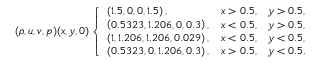
( \rho , u , v , p ) ( x , y , 0 ) \left\{ \begin{array} { l l l } { \left( 1 . 5 , 0 , 0 , 1 . 5 \right) , } & { x > 0 . 5 , } & { y > 0 . 5 , } \\ { \left( 0 . 5 3 2 3 , 1 . 2 0 6 , 0 , 0 . 3 \right) , } & { x < 0 . 5 , } & { y > 0 . 5 , } \\ { \left( 1 , 1 . 2 0 6 , 1 . 2 0 6 , 0 . 0 2 9 \right) , } & { x < 0 . 5 , } & { y < 0 . 5 , } \\ { \left( 0 . 5 3 2 3 , 0 , 1 . 2 0 6 , 0 . 3 \right) , } & { x > 0 . 5 , } & { y < 0 . 5 . } \end{array} \right.